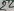
Text: 22